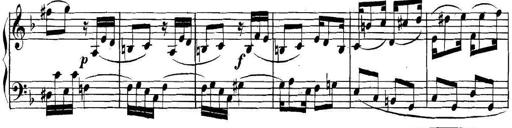
Title: Collected Piano Sonatas
Composer: Muzio Clementi